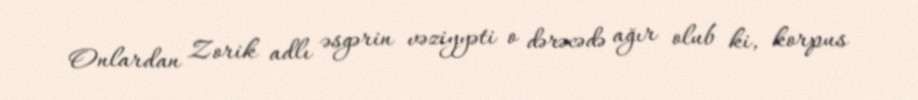
Onlardan Zorik adlı əsgərin vəziyyəti o dərəcədə ağır olub ki, korpus